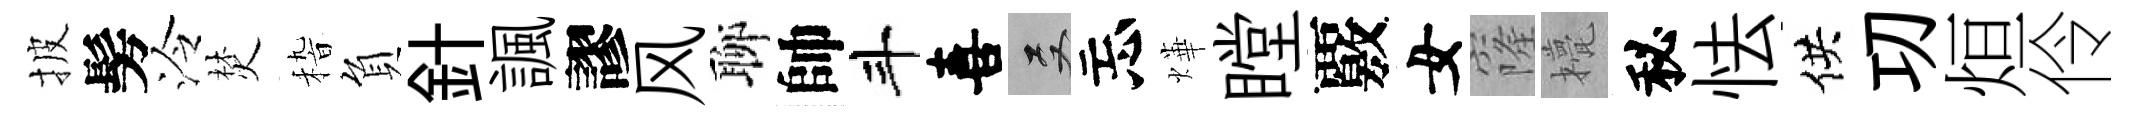
披髣泠焚𥟵負針諷謬风聊帥斗喜双忘燁瞠覈女窿甍秘怯供㓛烜伶